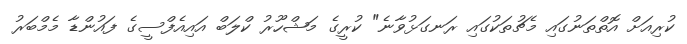
ކުރިއަށް އޮތްތަނުގައި މެޗުތަކުގައި ރަނގަޅުވާނެ" ކުރީގެ މަޝްހޫރު ކްލަބް އައިއެފްސީގެ ފައުންޑާ މެމްބަރު